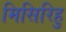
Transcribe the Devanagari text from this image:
मिसिरिहु